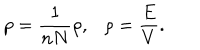
LaTeX: p = \frac { 1 } { n N } \rho , \ \ \ \rho = \frac { E } { V } .